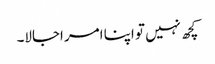
کچھ نہیں تو اپنا امر اجالا۔